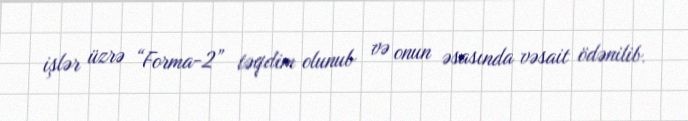
işlər üzrə “Forma-2” təqdim olunub və onun əsasında vəsait ödənilib.